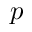
p